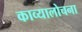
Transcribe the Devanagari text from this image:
काव्यालोचना